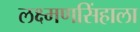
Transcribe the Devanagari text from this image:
लक्ष्मणसिंहाला